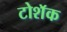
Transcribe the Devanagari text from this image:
टोशॅक